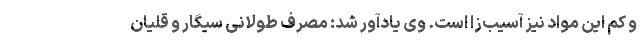
و کم این مواد نیز آسیب‌زا است. وی یادآور شد: مصرف طولانی سیگار و قلیان